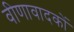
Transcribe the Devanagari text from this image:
वीणावादकों